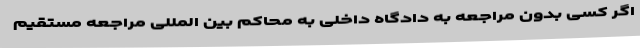
اگر کسی بدون مراجعه به دادگاه داخلی به محاکم بین المللی مراجعه مستقیم